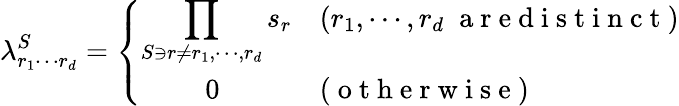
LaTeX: \lambda_{r_{1}\cdots r_{d}}^{S}=\left\{ \begin{array}{ll}{\displaystyle{\prod_{S\ni r\neq r_{1},\cdots,r_{d}}s_{r}}}&{(r_{1},\cdots,r_{d}\; \mathrm{~a~r~e~d~i~s~t~i~n~c~t~})}\\ {\quad\quad\; 0}&{(\mathrm{~o~t~h~e~r~w~i~s~e~})}\end{array}\right.